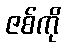
ဇစ်ကို